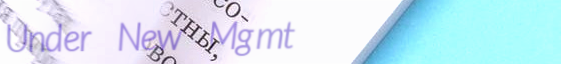
Under New Mgmt